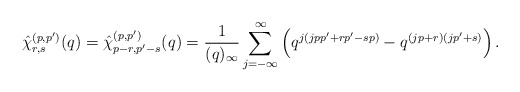
\begin{align*}\hat{\chi}^{(p,p')}_{r,s}(q)=\hat{\chi}^{(p,p')}_{p-r,p'-s}(q)=\frac{1}{(q)_{\infty}}\sum_{j=-\infty}^{\infty} \left( q^{j(jpp'+rp'-sp)}- q^{(jp+r)(jp'+s)} \right).\end{align*}